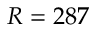
R = 2 8 7